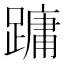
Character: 𮜑